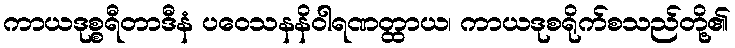
ကာယဒုစ္စရီတာဒီနံ ပဝေသနနိဝါရဏတ္ထာယ၊ ကာယဒုစရိုက်စသည်တို့၏